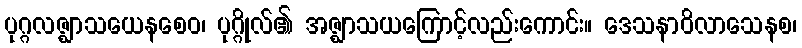
ပုဂ္ဂလဇ္ဈာသယေနစေဝ၊ ပုဂ္ဂိုလ်၏ အဇ္ဈာသယကြောင့်လည်းကောင်း။ ဒေသနာဝိလာသေနစ၊